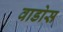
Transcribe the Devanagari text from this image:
वाडोस